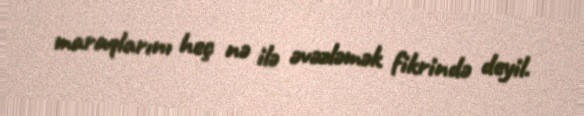
maraqlarını heç nə ilə əvəzləmək fikrində deyil.